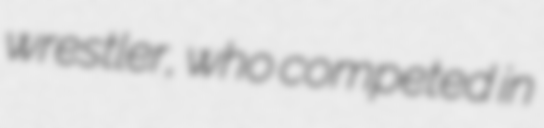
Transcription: wrestler, who competed in